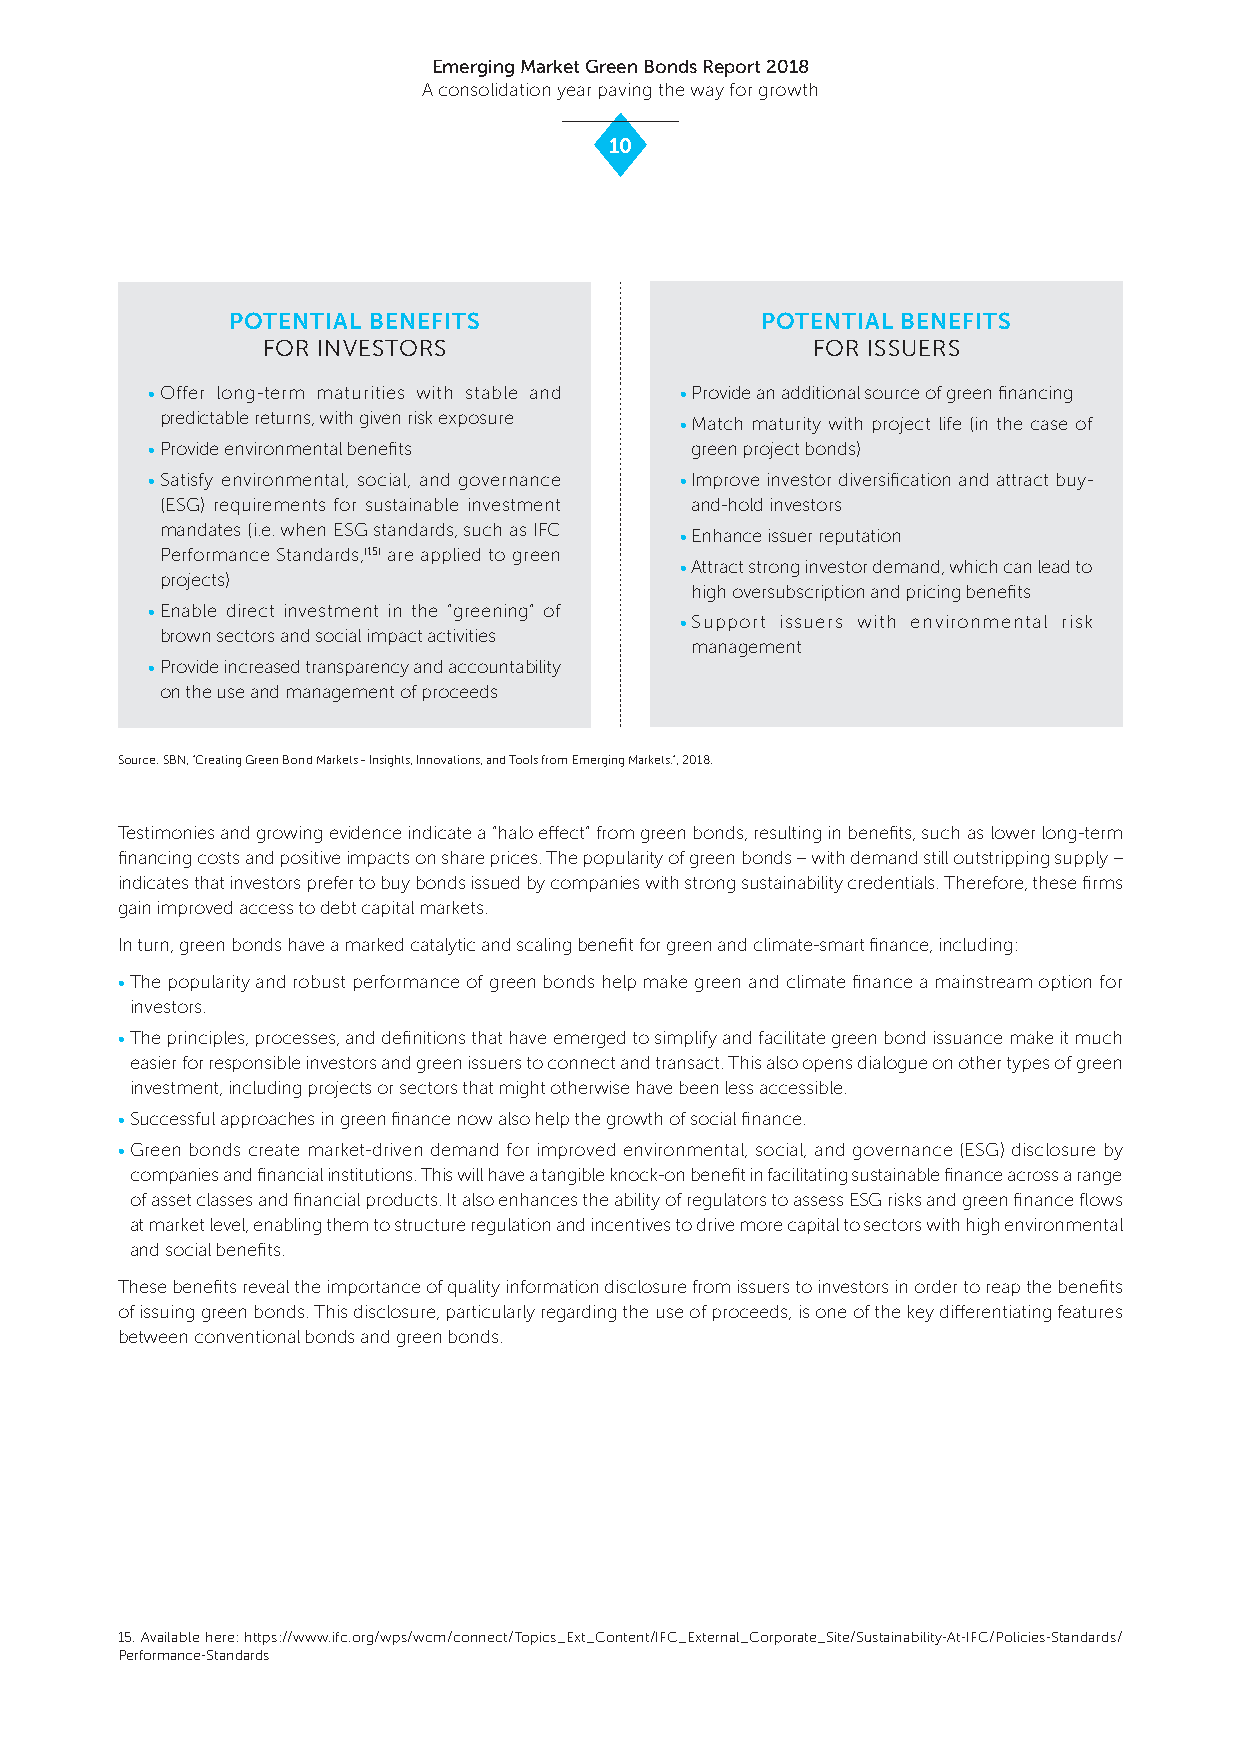
Emerging Market Green Bonds Report 2018
 A consolidation year paving the way for growth
 10
 POTENTIAL BENEFITS                 POTENTIAL BENEFITS
 FOR INVESTORS                        FOR ISSUERS
 • Offer long-term maturities with stable and • Provide an additional source of green financing
 predictable returns, with given risk exposure • Match maturity with project life (in the case of
 • Provide environmental benefits    green project bonds)
 • Satisfy environmental, social, and governance • Improve investor diversification and attract buy-
 (ESG) requirements for sustainable investment and-hold investors
 mandates (i.e. when ESG standards, such as IFC • Enhance issuer reputation
 Performance Standards,(15) are applied to green
 • Attract strong investor demand, which can lead to
 projects)
 high oversubscription and pricing benefits
 • Enable direct investment in the “greening” of
 • Support issuers with environmental risk
 brown sectors and social impact activities
 management
 • Provide increased transparency and accountab ility
 on the use and management of proceeds
 Source: SBN, "Creating Green Bond Markets - Insights, Innovations, and Tools from Emerging Markets.", 2018.
 Testimonies and growing evidence indicate a “halo effect” from green bonds, resulting in benefits, such as lower long-term
 financing costs and positive impacts on share prices. The popularity of green bonds – with demand still outstripping supply –
 indicates that investors prefer to buy bonds issued by companies with strong sustainability credentials. Therefore, these firms
 gain improved access to debt capital markets.
 In turn, green bonds have a marked catalytic and scaling benefit for green and climate-smart finance, including:
 • The popularity and robust performance of green bonds help make green and climate finance a mainstream option for
 investors.
 • The principles, processes, and definitions that have emerged to simplify and facilitate green bond issuance make it much
 easier for responsible investors and green issuers to connect and transact. This also opens dialogue on other types of green
 investment, including projects or sectors that might otherwise have been less accessible.
 • Successful approaches in green finance now also help the growth of social finance.
 • Green bonds create market-driven demand for improved environmental, social, and governance (ESG) disclosure by
 companies and financial institutions. This will have a tangible knock-on benefit in facilitating sustainable finance across a range
 of asset classes and financial products. It also enhances the ability of regulators to assess ESG risks and green finance flows
 at market level, enabling them to structure regulation and incentives to drive more capital to sectors with high environmental
 and social benefits.
 These benefits reveal the importance of quality information disclosure from issuers to investors in order to reap the benefits
 of issuing green bonds. This disclosure, particularly regarding the use of proceeds, is one of the key differentiating features
 between conventional bonds and green bonds.
 15. Available here: https://www.ifc.org/wps/wcm/connect/Topics_Ext_Content/IFC_External_Corporate_Site/Sustainability-At-IFC/Policies-Standards/
 Performance-Standards